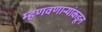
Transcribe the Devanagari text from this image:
म्हणवणाऱ्यांकडून